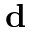
{ \bf d }